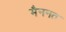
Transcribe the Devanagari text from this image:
मैननत